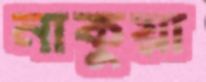
নাকুয়া